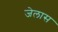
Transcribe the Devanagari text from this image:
जेलास